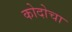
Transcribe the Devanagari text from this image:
कोदोचा